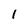
Character: 1